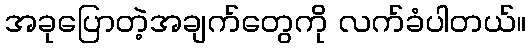
အခုပြောတဲ့အချက်တွေကို လက်ခံပါတယ်။